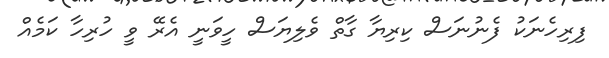
ފިރިހެނަކު ފެނުނަސް ކިރިޔާ ގާތް ވެލިޔަސް ހީވަނީ އެރޭ ވީ ހުރިހާ ކަމެއް